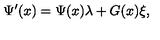
\Psi ^ { \prime } ( x ) = \Psi ( x ) \lambda + G ( x ) \xi ,